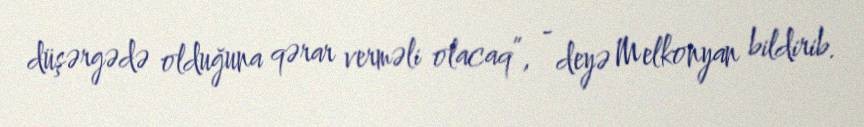
düşərgədə olduğuna qərar verməli olacaq”, - deyə Melkonyan bildirib.